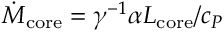
\dot { M } _ { \mathrm { c o r e } } = \gamma ^ { - 1 } \alpha L _ { \mathrm { c o r e } } / c _ { P }